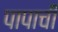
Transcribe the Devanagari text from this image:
पापाची